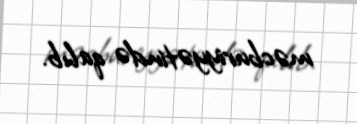
məcburiyyətində qalıb.